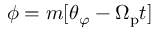
\phi = m [ \theta _ { \varphi } - \Omega _ { \mathrm { p } } t ]